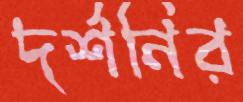
দর্শনির